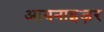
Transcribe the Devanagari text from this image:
आयनाइज़र